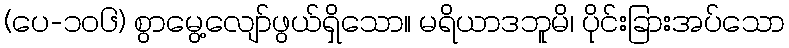
(ပေ-၁၀၆) စွာမွေ့လျော်ဖွယ်ရှိသော။ မရိယာဒဘူမိ၊ ပိုင်းခြားအပ်သော